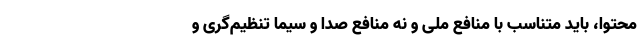
محتوا، باید متناسب با منافع ملی و نه منافع صدا و سیما تنظیم‌گری و